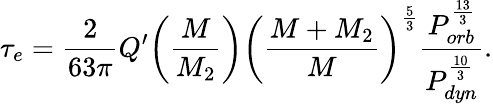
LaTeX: \tau_{e}=\frac{2}{63\pi}Q^{\prime}\bigg(\frac{M}{M_{2}}\bigg)\bigg(\frac{M+M_{2}}{M}\bigg)^{\frac{5}{3}}\frac{P_{orb}^{\frac{13}{3}}}{P_{dyn}^{\frac{10}{3}}}.